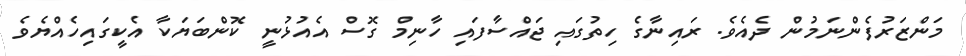
މަންޒަރުފެންނަމުން ދެއެވެ. ރައިނާގެ ހިތުގައި ޖައްސާފައި ހާނިމް ގޮސް އެއުޅުނީ ކޮންބަޔަކާ އެކީގައިހެއްޔެވެ